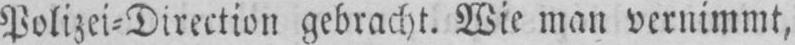
Polizei-Direction gebracht. Wie man vernimmt,